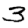
Digit: 3